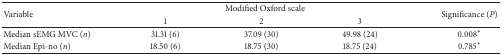
<table><thead><tr><td rowspan="2"><b>Variable</b></td><td colspan="3"><b>Modified Oxford scale</b></td><td rowspan="2"><b>Significance (<i>P</i>)</b></td></tr><tr><td><b>1</b></td><td><b>2</b></td><td><b>3</b></td></tr></thead><tbody><tr><td>Median sEMG MVC (<i>n</i>)</td><td>31.31 (6)</td><td>37.09 (30)</td><td>49.98 (24)</td><td>0.008*</td></tr><tr><td>Median Epi-no (<i>n</i>)</td><td>18.50 (6)</td><td>18.75 (30)</td><td>18.75 (24)</td><td>0.785*</td></tr></tbody></table>